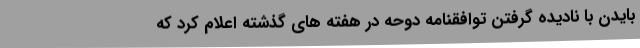
بایدن با نادیده گرفتن توافقنامه دوحه در هفته های گذشته اعلام کرد که